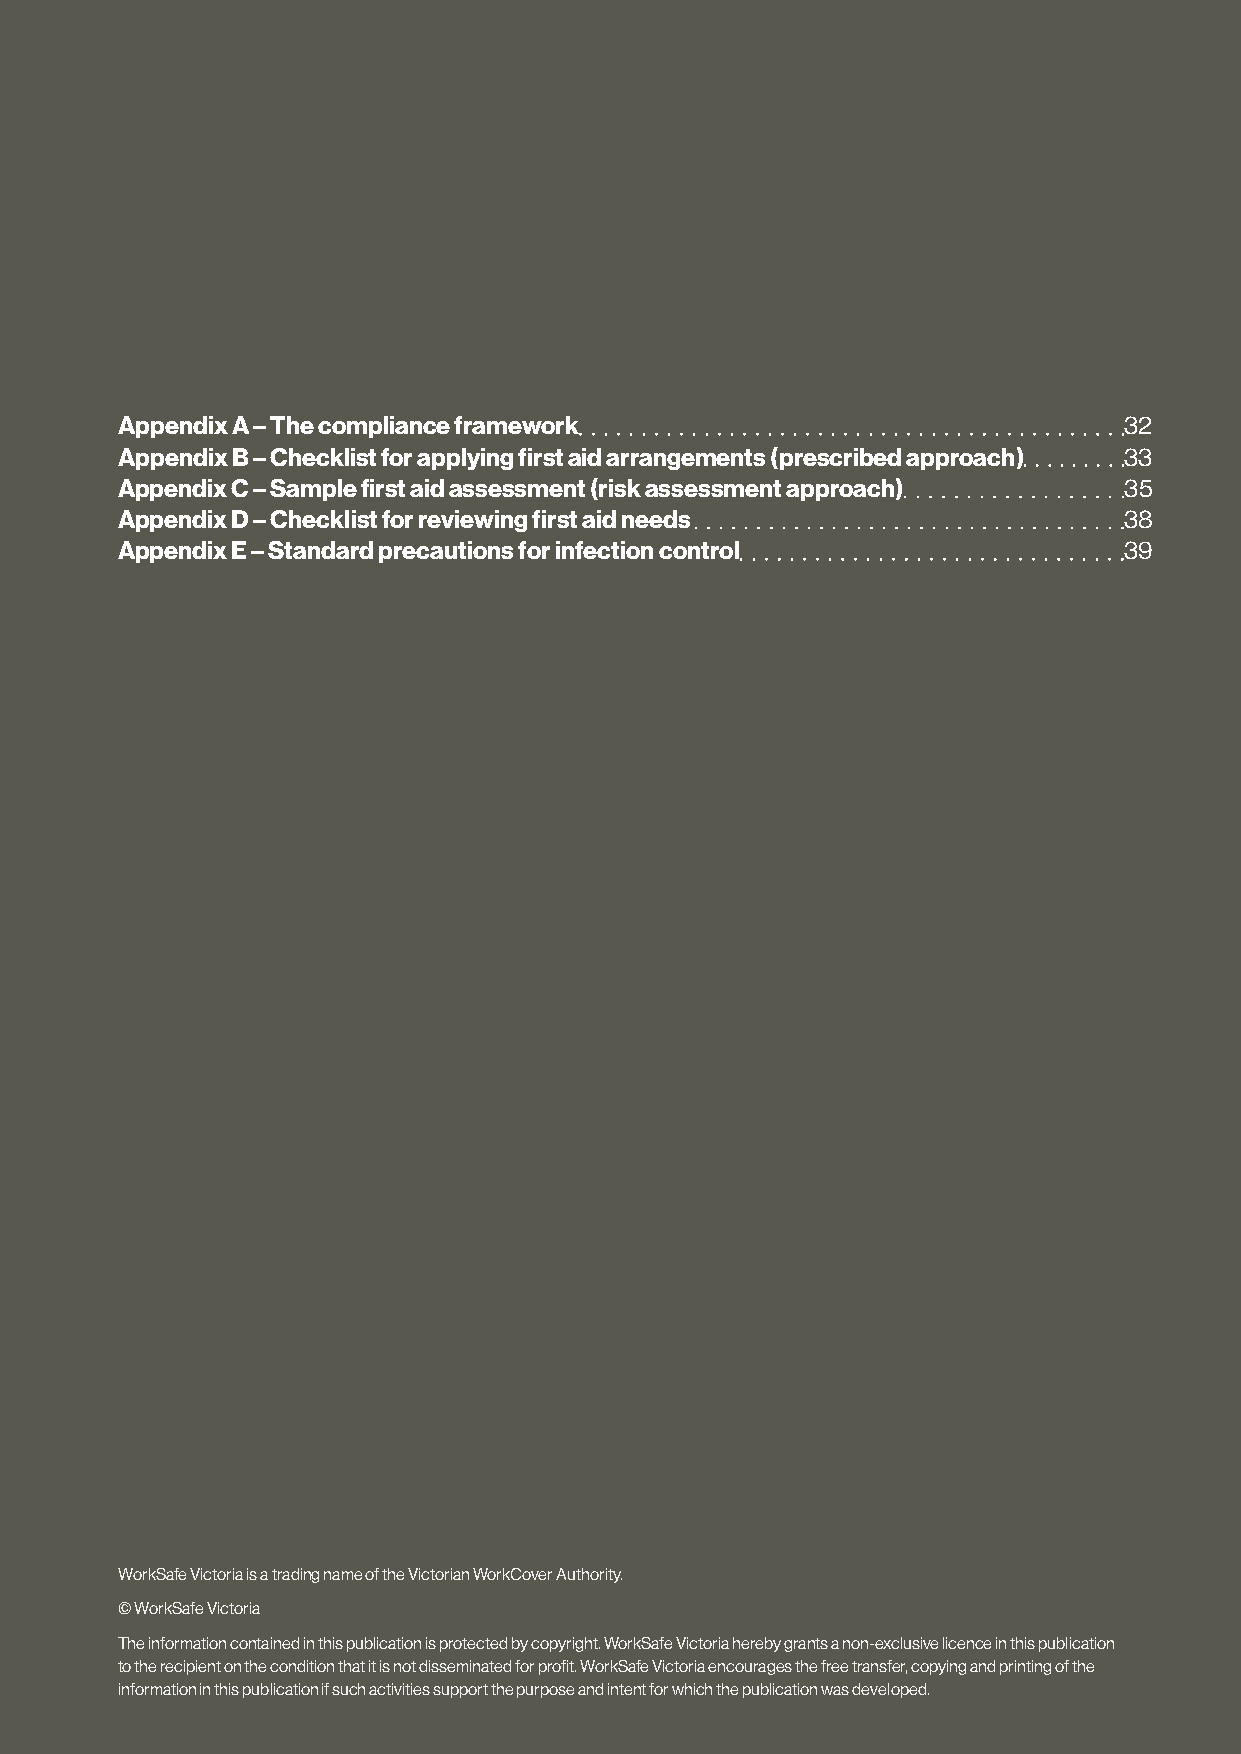
Appendix A – The compliance framework                             32
 Appendix B – Checklist for applying first aid arrangements (prescribed approach) 33
 Appendix C – Sample first aid assessment (risk assessment approach) 35
 Appendix D – Checklist for reviewing first aid needs              38
 Appendix E – Standard precautions for infection control           39
 WorkSafe Victoria is a trading name of the Victorian WorkCover Authority.
 © WorkSafe Victoria
 The information contained in this publication is protected by copyright. WorkSafe Victoria hereby grants a non-exclusive licence in this publication
 to the recipient on the condition that it is not disseminated for profit. WorkSafe Victoria encourages the free transfer, copying and printing of the
 information in this publication if such activities support the purpose and intent for which the publication was developed.